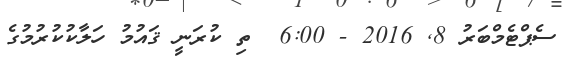
ސެޕްޓެމްބަރު 8